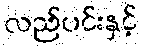
လည်ပင်းနှင့်